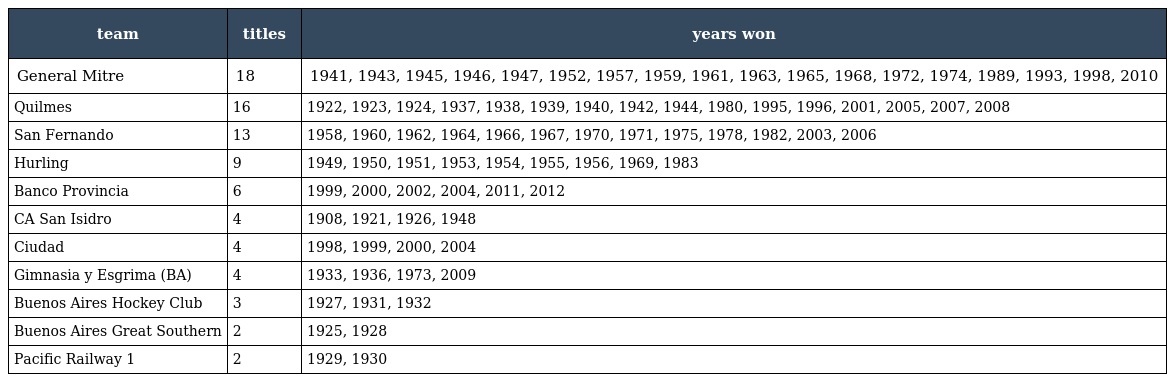
| team | titles | years won |
 | --- | --- | --- |
 | General Mitre | 18 | 1941, 1943, 1945, 1946, 1947, 1952, 1957, 1959, 1961, 1963, 1965, 1968, 1972, 1974, 1989, 1993, 1998, 2010 |
 | Quilmes | 16 | 1922, 1923, 1924, 1937, 1938, 1939, 1940, 1942, 1944, 1980, 1995, 1996, 2001, 2005, 2007, 2008 |
 | San Fernando | 13 | 1958, 1960, 1962, 1964, 1966, 1967, 1970, 1971, 1975, 1978, 1982, 2003, 2006 |
 | Hurling | 9 | 1949, 1950, 1951, 1953, 1954, 1955, 1956, 1969, 1983 |
 | Banco Provincia | 6 | 1999, 2000, 2002, 2004, 2011, 2012 |
 | CA San Isidro | 4 | 1908, 1921, 1926, 1948 |
 | Ciudad | 4 | 1998, 1999, 2000, 2004 |
 | Gimnasia y Esgrima (BA) | 4 | 1933, 1936, 1973, 2009 |
 | Buenos Aires Hockey Club | 3 | 1927, 1931, 1932 |
 | Buenos Aires Great Southern | 2 | 1925, 1928 |
 | Pacific Railway 1 | 2 | 1929, 1930 |